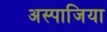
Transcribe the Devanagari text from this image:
अस्पाजिया